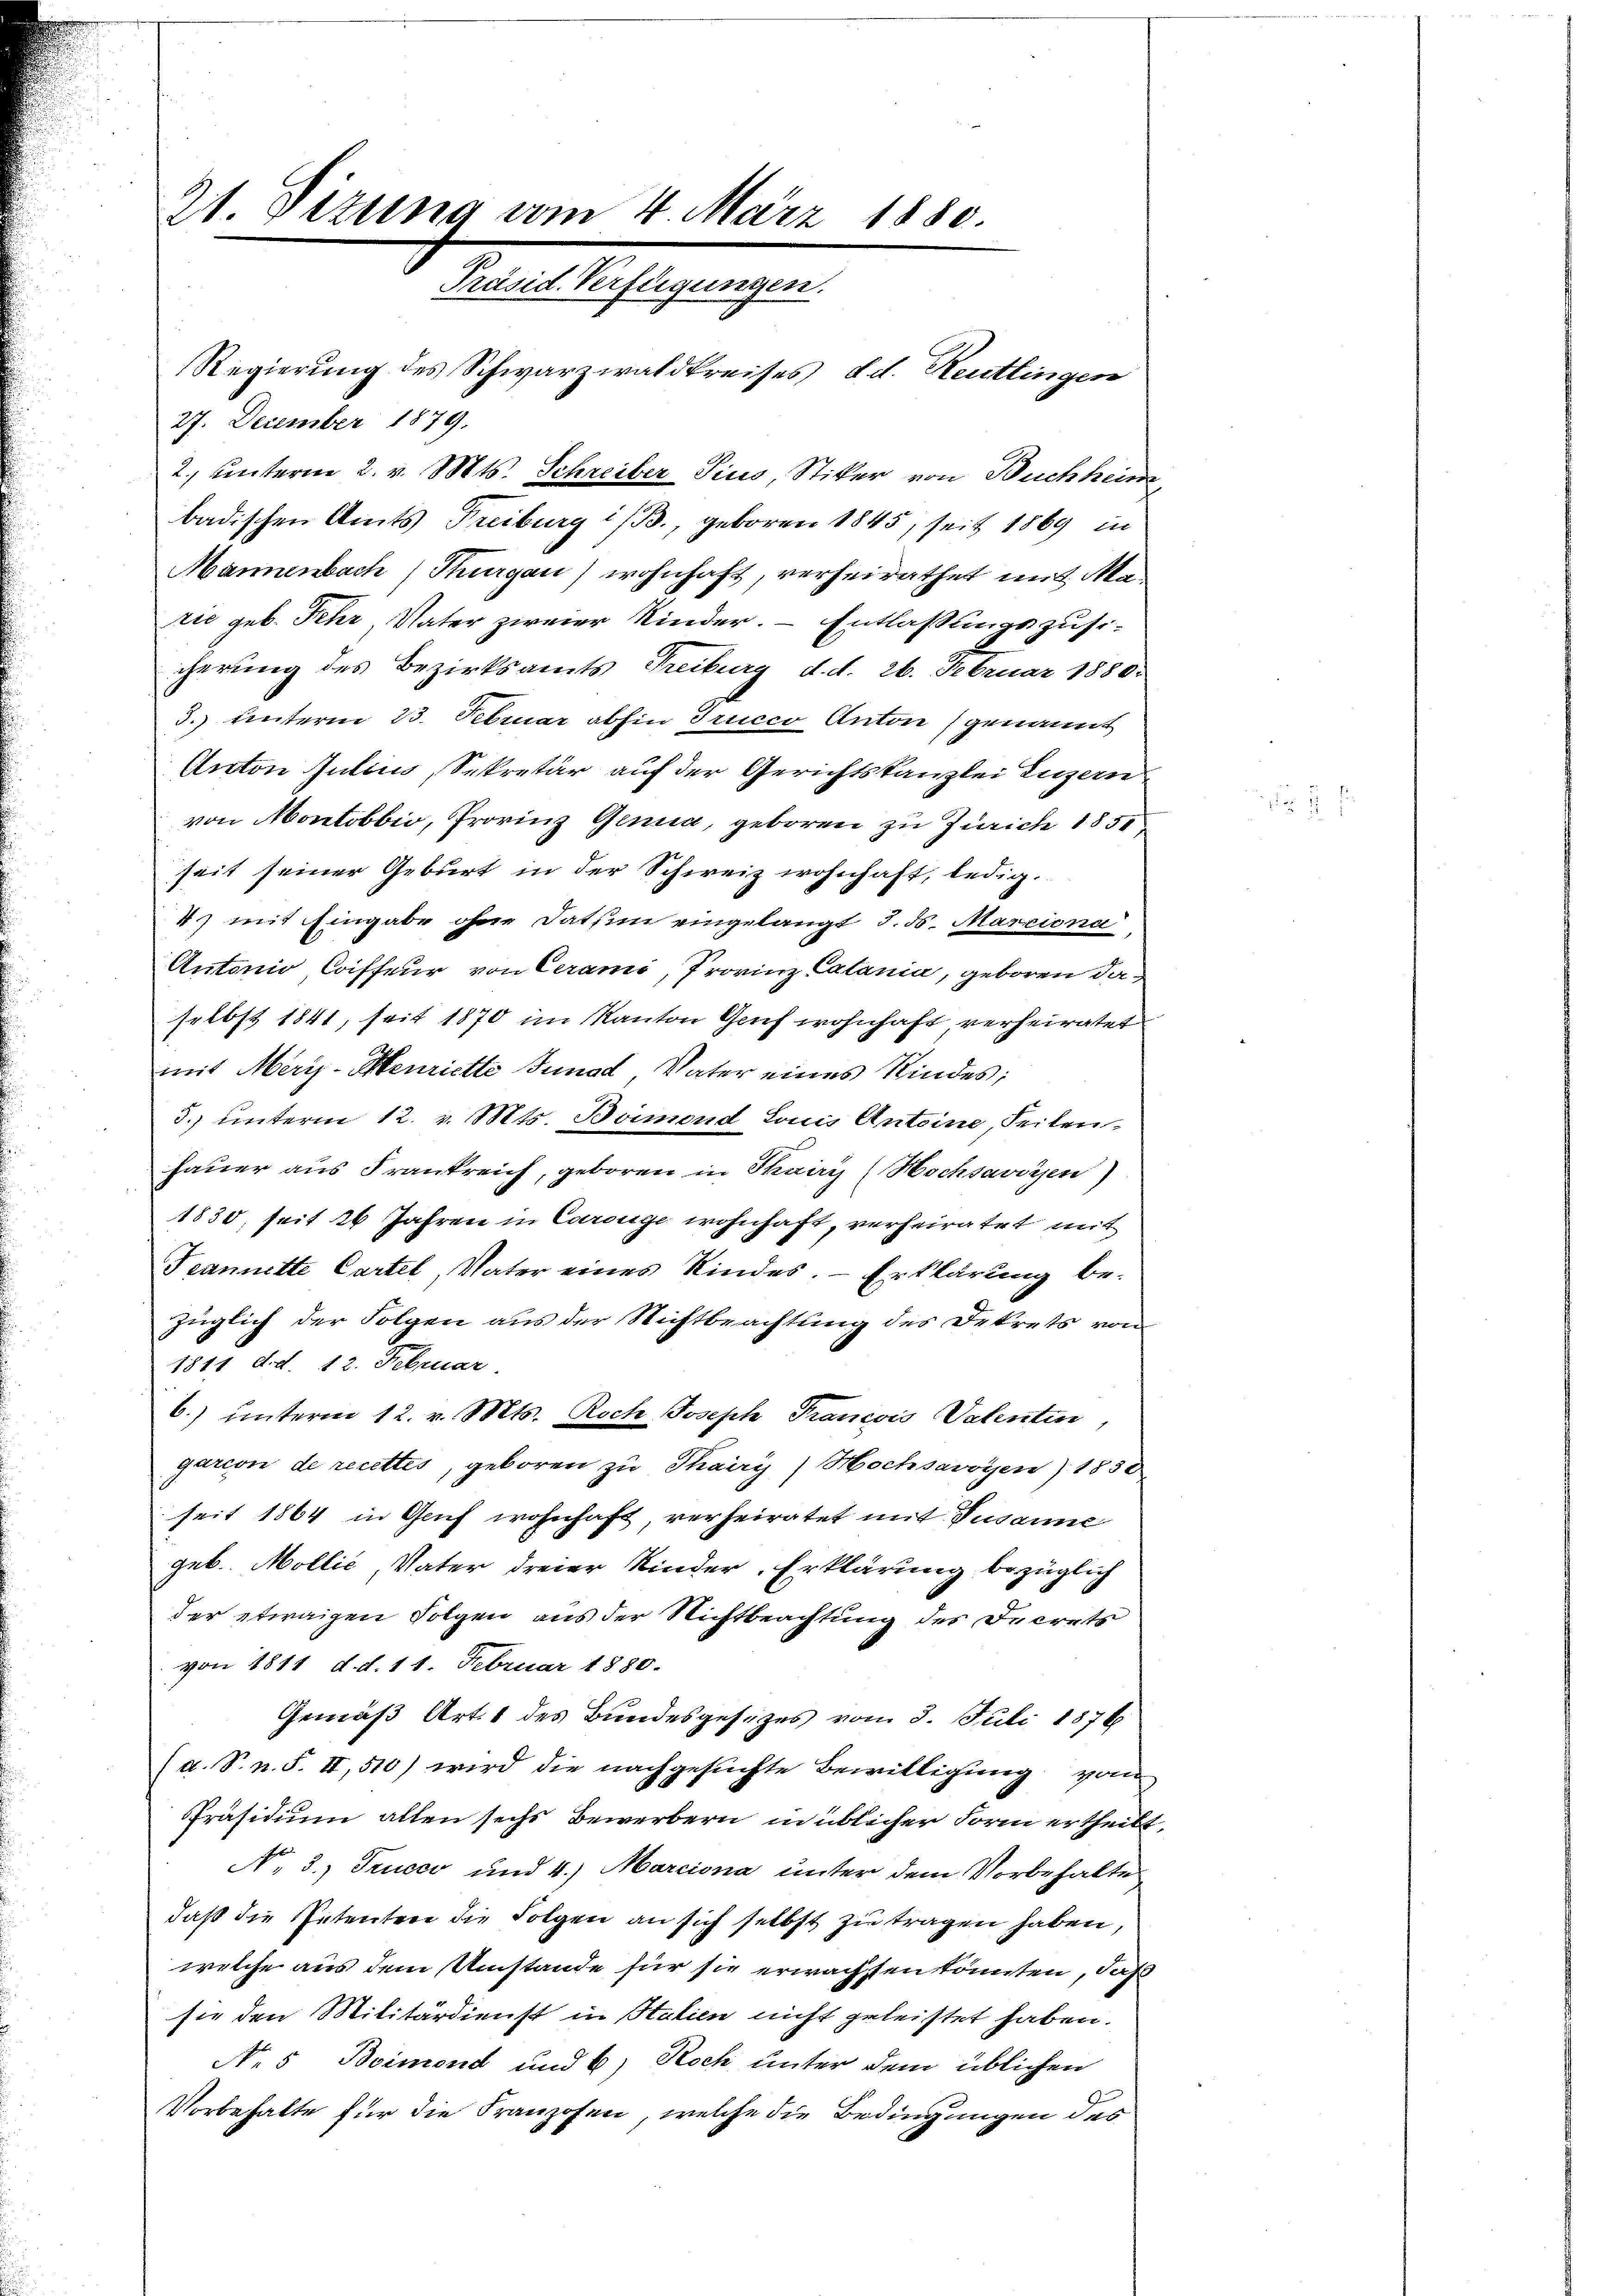
21. Dizung vom 4. März 1880.
Präsid. Verfügungen.

27. December 1879.
badischen Amts Freiburg i/B., geboren 1845, seit 1869 in
Mannenbach, Thurgau) wohnhaft, verheirathet mit Marie geb. Fehr, Vater zweier Kinder. - Entlaßungszusicherung des Bezirksamts Treiburg d. d. 26. Februar 1880.
3.) hinterm 23. Februar abhin Trucco Anton genannt
Anton Julius, Sekretär auf der Gerichtskanzlei Luzern
von Montobbio, Provinz Genua, geboren zu Zürich 1851
seit seiner Geburt in der Schweiz wohnhaft, ledig¬
4) mit Eingabe ohne dation eingelangt S. 56. Marciona
Antonio, Coiffeur von Cerami, Provinz Catania, geboren daselbst 1841, seit 1870 im Kanton Gruf wohnhaft verheiratet
mit Merz-Menriette Junad, Vater eines Kindes;
3.) unterm 12. v. Mts. Boimend Louis Antoine, Seilenhauer aus Frankreich, geboren in Thairis (Hochsavissen)
1830, seit 26 Jahren in Carouge wohnhaft, verheiratet mit
Teannette Cartel, Vater eines Kindes. – Erklärung bezüglich der Folgen aus der Stichtbeachtung des Dekrets von
1811 d.d. 12. Februar.
6.) unterm 12. v. Mts. Koch Joseph Francois Valentin,
garcon de recettes, geboren zu Thairy, Hochsavoyen) 1850
seit 1864 in Genf wohnhaft, verheiratet mit Susanne
geb. Mollić, Vater dreier Kinder. Erklärung bezüglich
der etwaigen Folgen aus der Nichtbeachtung des Increts
von 1811 d. d. 11. Februar 1880.
Gemäß Art. 1 des Bundesgesetzes vom 8. Juli 1876
(d. S. n. F. II, 510) wird die nachgesuchte Bewilligung vom
Präsidium allen sechs Bewerbern in üblicher Form ertheilt
No. 3.) Trucco und 4.) Marciona unter dem Vorbehalte
daß die Petenten die Folgen an sich selbst zu tragen haben,
welche aus dem Umstände für sie erwachsten könnten, daß
sie den Militärdienst in Stalien nicht geleistet haben.
No 5 Boimend und 6) Noch unter dem üblichen
Vorbehalte für die Franzosen, welche die Bedingungen des

Regierung des Schwarzwaldkreises d.d. Reutlingen
2. unterm 2. v. Mts. Schreiber Pius, Stiker von Buchhorn

2